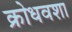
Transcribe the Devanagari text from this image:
क्रोधवशा